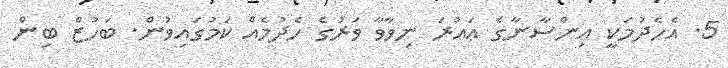
5. އެހެދުމަކީ އިންސާނާގެ ޢައުރަ ނިވާވާ ވަރުގެ ހެދުމެއް ކަމުގައިވުން. ބަހުޒް ބިން